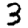
Digit: 3